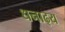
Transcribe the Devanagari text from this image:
धनाढ्‍य